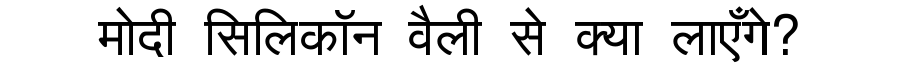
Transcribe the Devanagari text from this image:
मोदी सिलिकॉन वैली से क्या लाएँगे?